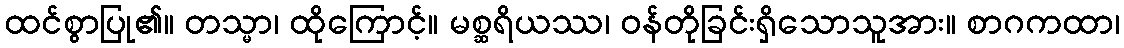
ထင်စွာပြု၏။ တသ္မာ၊ ထိုကြောင့်။ မစ္ဆရိယဿ၊ ဝန်တိုခြင်းရှိသောသူအား။ စာဂကထာ၊